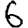
Digit: 6